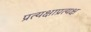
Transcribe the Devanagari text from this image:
प्रत्यक्षाप्रत्यक्ष